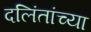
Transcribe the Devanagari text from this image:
दलिंतांच्या